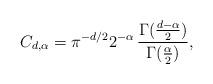
LaTeX: \begin{align*} {C_{d,\alpha}=\pi^{-d/2}2^{-\alpha}\,\frac{\Gamma(\frac{d-\alpha}{2})}{\Gamma(\frac{\alpha}{2})},}\end{align*}